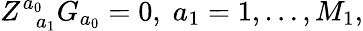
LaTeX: Z_{\; \; a_{1}}^{a_{0}}G_{a_{0}}=0,\; a_{1}=1,\ldots,M_{1},